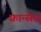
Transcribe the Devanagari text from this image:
फ़्रान्सेस